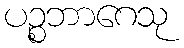
ပဉ္စဘာဂေသု